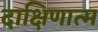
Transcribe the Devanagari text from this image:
दाक्षिणात्म